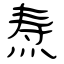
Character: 焘